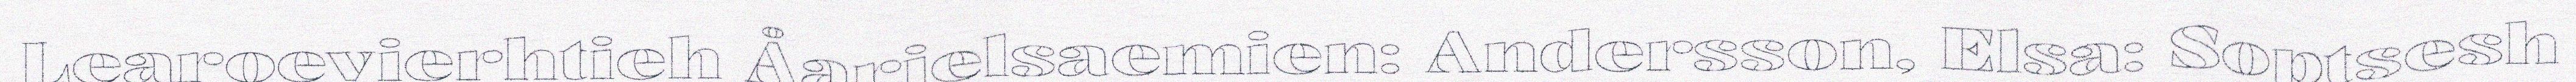
Learoevierhtieh Åarjelsaemien: Andersson, Elsa: Soptsesh